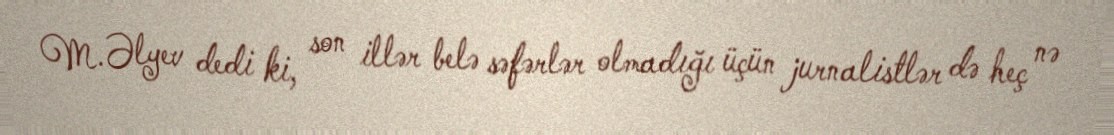
M.Əlyev dedi ki, son illər belə səfərlər olmadığı üçün jurnalistlər də heç nə